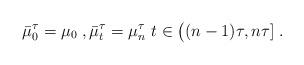
LaTeX: \begin{align*} \bar\mu^\tau_0 = \mu_0\;, \bar\mu^\tau_t = \mu^\tau_n\ t\in\big((n-1)\tau,n\tau]\;. \end{align*}